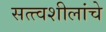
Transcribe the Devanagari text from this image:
सत्त्वशीलांचे